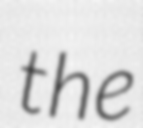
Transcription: the